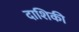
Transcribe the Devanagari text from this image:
दाशिकी